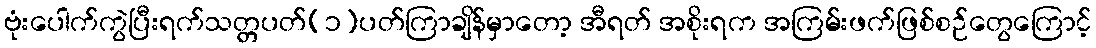
ဗုံးပေါက်ကွဲပြီးရက်သတ္တပတ်(၁)ပတ်ကြာချိန်မှာတော့ အီရတ် အစိုးရက အကြမ်းဖက်ဖြစ်စဉ်တွေကြောင့်